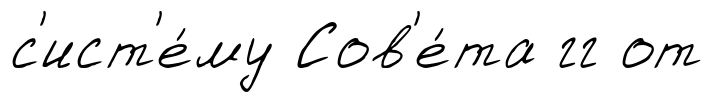
с'ист'е́му Сов'е́та гг от